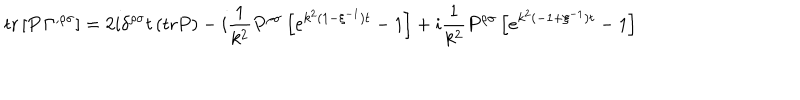
LaTeX: \mathrm { t r } \left[ P \, \Gamma ^ { , \rho \sigma } \right] = 2 i \delta ^ { \rho \sigma } t \, ( \mathrm { t r } P ) - i \frac { 1 } { k ^ { 2 } } P ^ { \rho \sigma } \left[ e ^ { k ^ { 2 } ( 1 - \xi ^ { - 1 } ) t } - 1 \right] + i \frac { 1 } { k ^ { 2 } } P ^ { \rho \sigma } \left[ e ^ { k ^ { 2 } ( - 1 + \xi ^ { - 1 } ) t } - 1 \right]